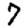
Digit: 7